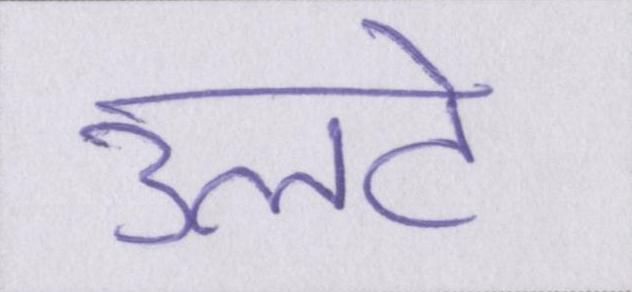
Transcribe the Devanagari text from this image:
उलटे